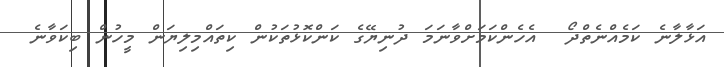
އަޅާލާނެ ކަމެއްނެތްދޯ  އެހެންކަމަށްވާނަމަ ދުނިޔޭގެ ކަންކޮޅުތަކުން ކިތައްމިލިޔަން މީހުން ބިކަވާނެ